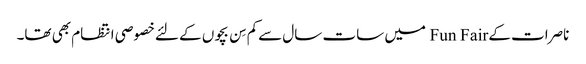
ناصرات کے Fun Fair میں سات سال سےکم سِن بچوں کے لئےخصوصی انتظام بھی تھا۔